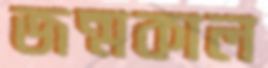
জন্মকাল